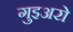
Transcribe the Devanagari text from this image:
गुइअरो